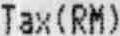
TAX(RM)